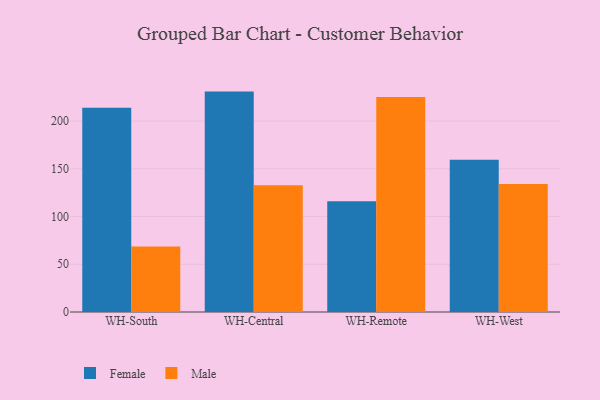
{"axis": {"x": "Warehouse", "y": "LTV (USD)"}, "legend": ["Female", "Male"], "data": [{"x": "WH-South", "y": 214.0, "type": "Female"}, {"x": "WH-South", "y": 68.7, "type": "Male"}, {"x": "WH-Central", "y": 230.9, "type": "Female"}, {"x": "WH-Central", "y": 132.9, "type": "Male"}, {"x": "WH-Remote", "y": 116.0, "type": "Female"}, {"x": "WH-Remote", "y": 225.3, "type": "Male"}, {"x": "WH-West", "y": 159.4, "type": "Female"}, {"x": "WH-West", "y": 134.1, "type": "Male"}]}